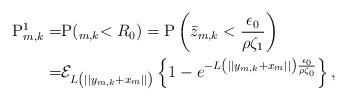
LaTeX: \begin{align*}\mathrm{P}_{m,k}^1 = &\mathrm{P}(_{m,k} <R_0)=\mathrm{P}\left(\bar{z}_{m,k}<\frac{{\epsilon}_0}{\rho \zeta_1}\right)\\ =& \mathcal{E}_{L\left(||y_{m,k}+x_m||\right)}\left\{1- e^{-L\left(||y_{m,k}+x_m||\right) \frac{{\epsilon}_0}{\rho \zeta_0}}\right\} ,\end{align*}